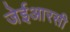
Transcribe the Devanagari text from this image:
जेईआरसी